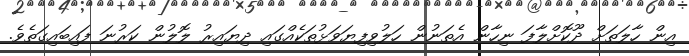
އިން ހާލަތަށް ދޫކޮށްލާފަ ނިހާން އެތަނުން ހަލުވިފިޔަވަޅުތަކެއްގައި ދިޔައިރު ލޮލުން ކަރުނަ ފައިބައިގަތެވެ.